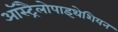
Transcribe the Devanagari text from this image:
ऑस्ट्रैलोपाइथेशियन